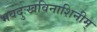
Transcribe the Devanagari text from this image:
भवदुःखविनाशिनीम्